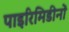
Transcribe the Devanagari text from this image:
पाइरिमिडीनों